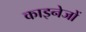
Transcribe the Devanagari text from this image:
काइनेजों